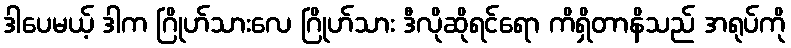
ဒါပေမယ့် ဒါက ဂြိုဟ်သားလေ ဂြိုဟ်သား ဒီလိုဆိုရင်ရော ကိရှိတာနိသည် အရုပ်ကို